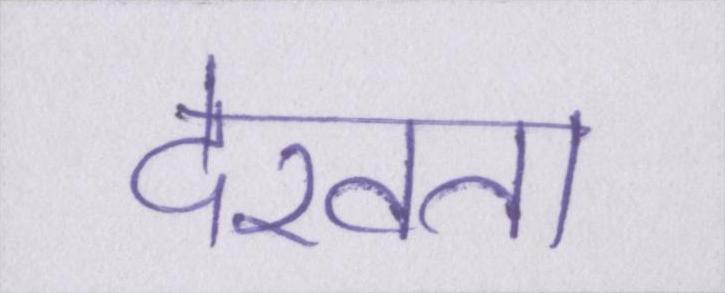
देखता